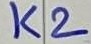
Text: K2